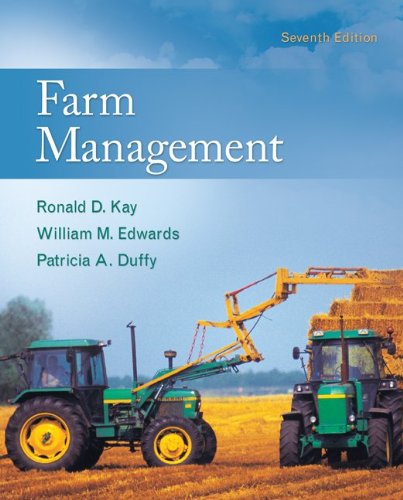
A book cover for Farm  Management; Ronald Kay; Science & Math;